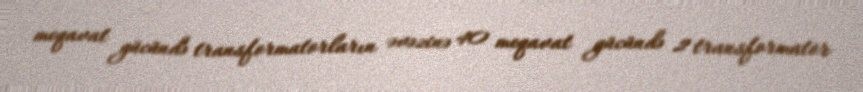
meqavat gücündə transformatorların əvəzinə 40 meqavat gücündə 2 transformator